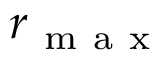
r _ { \mathrm { ~ m ~ a ~ x ~ } }